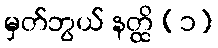
မှတ်ဘွယ် နတ္ထိ (၁)